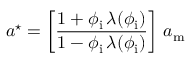
a ^ { \star } = \left[ \frac { 1 + \phi _ { \mathrm { i } } \, \lambda ( \phi _ { \mathrm { i } } ) } { 1 - \phi _ { \mathrm { i } } \, \lambda ( \phi _ { \mathrm { i } } ) } \right] \, a _ { \mathrm { m } }